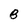
Character: B